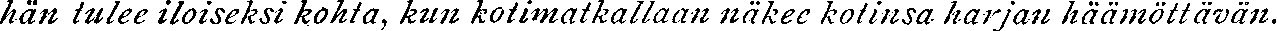
hän tulee iloiseksi kohta, kun kotimatkallaan näkee kotinsa harjan häämöttävän.